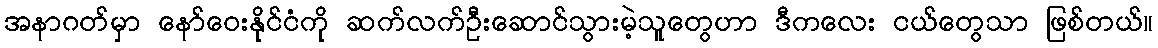
အနာဂတ်မှာ နော်ဝေးနိုင်ငံကို ဆက်လက်ဦးဆောင်သွားမဲ့သူတွေဟာ ဒီကလေး ငယ်တွေသာ ဖြစ်တယ်။